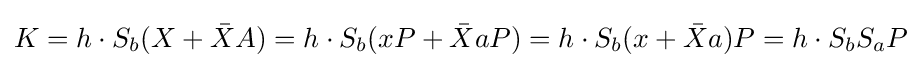
K=h\cdot S_{b}(X+{\bar {X}}A)=h\cdot S_{b}(xP+{\bar {X}}aP)=h\cdot S_{b}(x+{\bar {X}}a)P=h\cdot S_{b}S_{a}P